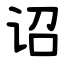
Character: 诏